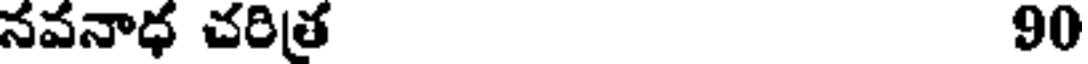
నవనాధ చరిత్ర 90